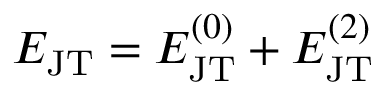
E _ { \mathrm { J T } } = E _ { \mathrm { J T } } ^ { ( 0 ) } + E _ { \mathrm { J T } } ^ { ( 2 ) }